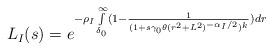
LaTeX: \begin{align*} L_I(s)=e^{-\rho_I \int\limits_{\delta_0}^{\infty} (1-\frac{1}{(1+s \gamma_0 \theta (r^2+L^2)^{-\alpha_I/2})^k}) d r}\end{align*}